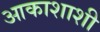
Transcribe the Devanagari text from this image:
आकाशाशी